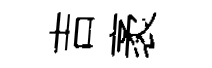
吉袤